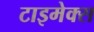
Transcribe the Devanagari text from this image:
टाइमेक्स